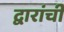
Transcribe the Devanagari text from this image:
द्वारांची